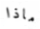
ماذا